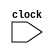
// Incomplete behavioral model of MIPS pipeline

module mipspipe(clock);
   // in_out
   input clock;

   // Instruction opcodes
   parameter ADD = 6'b100000, OR = 6'b100101, LW = 6'b100011, SW = 6'b101011, BEQ = 6'b000100, nop = 32'b00000_100000, ALUop = 6'b0; // Code Modified
   reg [31:0] PC, // Program counter
		  Regs[0:31],  // Register file
			  IMemory[0:1023], DMemory[0:1023], // Instruction and data memories
              IFIDIR, IDEXA, IDEXB, IDEXIR, EXMEMIR, EXMEMB, // pipeline latches
              EXMEMALUOut, MEMWBValue, MEMWBIR; // pipeline latches

   wire [4:0] IDEXrs, IDEXrt, EXMEMrd, MEMWBrd, MEMWBrt; // fields of pipeline latches
   wire [5:0] EXMEMop, MEMWBop, IDEXop; // opcodes
   wire [31:0] Ain, Bin; // ALU inputs

   // Define fields of pipeline latches
   assign IDEXrs = IDEXIR[25:21]; // rs field
   assign IDEXrt = IDEXIR[20:16]; // rt field
   assign EXMEMrd = EXMEMIR[15:11]; // rd field
   assign MEMWBrd = MEMWBIR[15:11]; // rd field
   assign MEMWBrt = MEMWBIR[20:16]; // rt field -- for loads
   assign EXMEMop = EXMEMIR[31:26]; // opcode
   assign MEMWBop = MEMWBIR[31:26]; // opcode
   assign IDEXop = IDEXIR[31:26]; // opcode

   // Inputs to the ALU come directly from the ID/EX pipeline latches
   assign Ain = IDEXA;
   assign Bin = IDEXB;
   reg [5:0] i; //used to initialize registers
   reg [10:0] j,k; //used to initialize registers

   initial begin
      PC = 0;
      IFIDIR = nop;
      IDEXIR = nop;
      EXMEMIR = nop;
      MEMWBIR = nop; // no-ops placed in pipeline latches
      // test some instructions
	// R-format: op|rs|rt|rd|shmat|func
	// I-format: op|rs|rt|address
      /*
	      add $5,$2,$1 -> 32'b000000|00010|00001|00101|00000|100000
	      IMemory[0] = 32'h00412820

	      lw $3,4($5) -> 32'b100011|00101|00011|0000000000000100
	      IMemory[1] = 32'h8ca30004;

	      lw $2,0($2) -> 32'b100011|00010|00010|0000000000000000
	      IMemory[2] = 32'h8c420000;

	      or $3,$5,$3 -> 32'b000000|00101|00011|00011|00000|100101
	      IMemory[3] = 32'h00a31825;

	      sw $3,0($5) -> 32'b101011|00101|00011|000000000000000
	      IMemory[4] = 32'haca30000;
	      for (j=5;j<=1023;j=j+1) IMemory[j] = nop;
      */
      for (i=0;i<=31;i=i+1) Regs[i] = i; // initialize registers
        /*
	IMemory[0] = 32'h8c210003;
        IMemory[1] = 32'hac020000;
        IMemory[2] = 32'h00642820;
	*/
	// Code Modified
      IMemory[0] = 32'h00412820;//add $5,$2,$1
      IMemory[1] = nop;//insert bubble
      IMemory[2] = nop;//insert bubble
      IMemory[3] = 32'h8ca30004;//lw $3,4($5)
      IMemory[4] = 32'h8c420000;//lw $2,0($2)
      IMemory[5] = nop;//lw $2,0($2) has taken 1 lie, so only need 1 bubble here
      IMemory[6] = 32'h00a31825;//or $3,$5,$3
      IMemory[7] = nop;// insert bubble
      IMemory[8] = nop;// insert bubble
      IMemory[9] = 32'haca30000;//sw $3,0($5)
      for (j=10;j<=1023;j=j+1) IMemory[j] = nop;
      //DMemory[0] = 32'h00000000;
      //DMemory[1] = 32'hffffffff;
	// Code Modified
      for (k=0;k<=1023;k=k+1) DMemory[k] = 0;
      DMemory[2] = 32'hfffffff0; //0($2):32'hfffffff0
      DMemory[5] = 32'hffffffff; //4($5):32'hffffffff
   end

   always @ (posedge clock)
   begin
      // FETCH: Fetch instruction & update PC
      IFIDIR <= IMemory[PC>>2];
	  PC <= PC + 4;

      // DECODE: Read registers
      IDEXA <= Regs[IFIDIR[25:21]];
      IDEXB <= Regs[IFIDIR[20:16]]; // get two registers

	  IDEXIR <= IFIDIR; // pass along IR

      // EX: Address calculation or ALU operation
      if ((IDEXop==LW) |(IDEXop==SW)) // address calculation
         EXMEMALUOut <= IDEXA +{{16{IDEXIR[15]}}, IDEXIR[15:0]};
      else if (IDEXop==ALUop) begin // ALU operation
         case (IDEXIR[5:0]) // R-type instruction
           32: EXMEMALUOut <= Ain + Bin; // add operation
	   37: EXMEMALUOut <= Ain | Bin; // or operation, Code Modified
           default: ; // other R-type operations [to be implemented]
         endcase
      end

      EXMEMIR <= IDEXIR; EXMEMB <= IDEXB; //pass along the IR & B

      // MEM
      if (EXMEMop==ALUop) MEMWBValue <= EXMEMALUOut; //pass along ALU result
      else if (EXMEMop == LW) MEMWBValue <= DMemory[EXMEMALUOut>>2]; // load
      else if (EXMEMop == SW) DMemory[EXMEMALUOut>>2] <=EXMEMB; // store

      MEMWBIR <= EXMEMIR; //pass along IR

      // WB
      if ((MEMWBop==ALUop) & (MEMWBrd != 0)) // update registers if ALU operation and destination not 0
		Regs[MEMWBrd] <= MEMWBValue; // ALU operation
      else if ((MEMWBop == LW)& (MEMWBrt != 0)) // Update registers if load and destination not 0
		Regs[MEMWBrt] <= MEMWBValue;
    end

endmodule